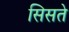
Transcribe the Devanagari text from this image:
सिसते